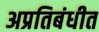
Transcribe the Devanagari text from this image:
अप्रतिबंधीत